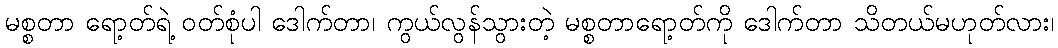
မစ္စတာ ရော့တ်ရဲ့ ဝတ်စုံပါ ဒေါက်တာ၊ ကွယ်လွန်သွားတဲ့ မစ္စတာရော့တ်ကို ဒေါက်တာ သိတယ်မဟုတ်လား၊